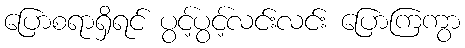
ပြောစရာရှိရင် ပွင့်ပွင့်လင်းလင်း ပြောကြကွာ